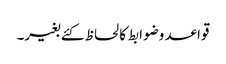
قواعد وضوابط کا لحاظ کئے بغیر۔